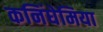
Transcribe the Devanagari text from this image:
कनिंघेमिया